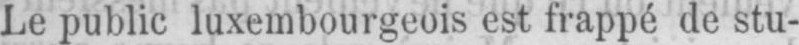
Le public luxembourgeois est frappé de stu-